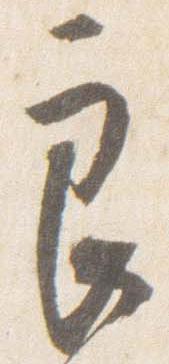
良